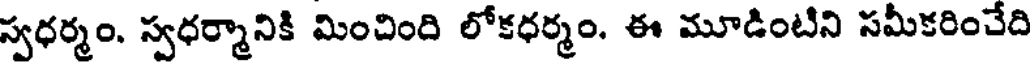
స్వధర్మం. స్వధర్మానికి మించింది లోకధర్మం. ఈ మూడింటిని సమీకరించేది